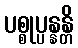
ပစ္စုပ္ပန္နန္တိ